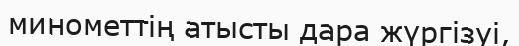
минометтің атысты дара жүргізуі,